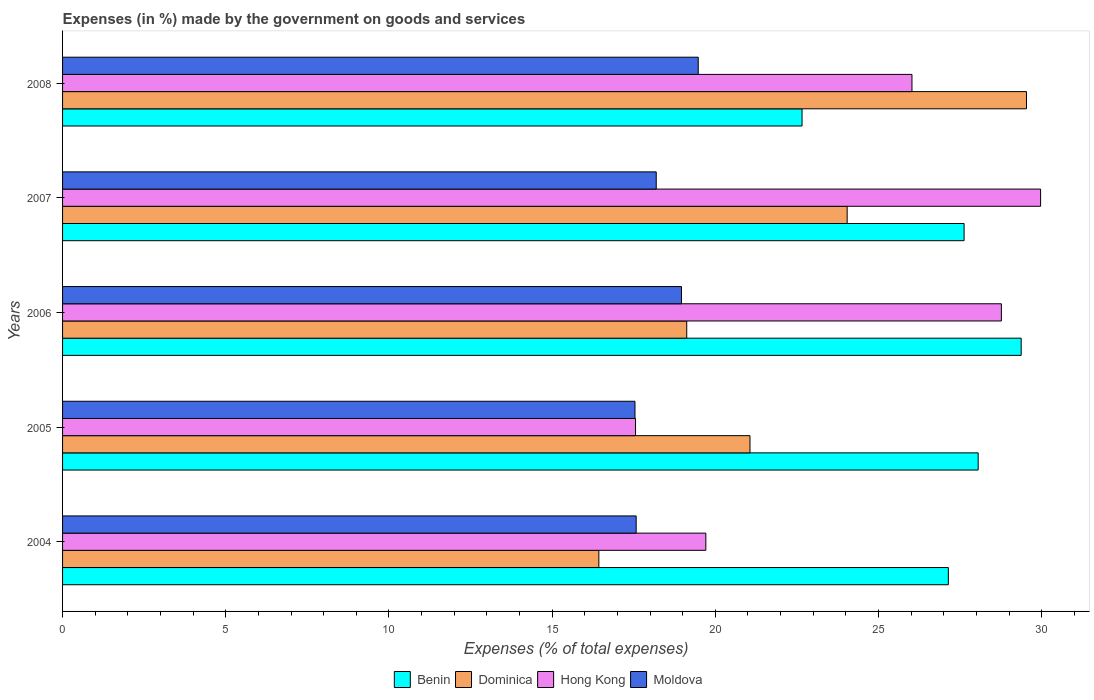
| Years | Benin | Dominica | Hong Kong | Moldova |
 | --- | --- | --- | --- | --- |
 | 2004 | 27.1 | 16.4 | 19.7 | 17.6 |
 | 2005 | 28.1 | 21.1 | 17.6 | 17.5 |
 | 2006 | 29.4 | 19.1 | 28.8 | 19 |
 | 2007 | 27.6 | 24 | 30 | 18.2 |
 | 2008 | 22.7 | 29.5 | 26 | 19.5 |